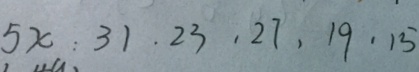
5 x : 3 1 . 2 3 , 2 7 , 1 9 , 1 5